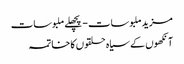
مزید ملبوسات - پچھلے ملبوسات
آنکھوں‌ کے سیاہ حلقوں کا خاتمہ